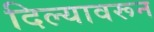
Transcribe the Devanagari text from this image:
दिल्यावरून